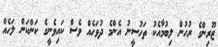
ޒޫރިންގެ ރުހުން ލިބުމާއެކު ތަހުސީނު އެންމެ ދުވަހެއް ވެސް ކައިވެނީގެ ކަންކަން ލަހެއް